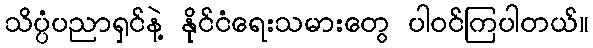
သိပ္ပံပညာရှင်နဲ့ နိုင်ငံရေးသမားတွေ ပါဝင်ကြပါတယ်။